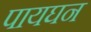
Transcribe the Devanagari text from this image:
पायघन